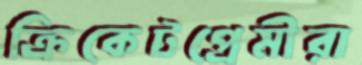
ক্রিকেটপ্রেমীরা